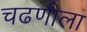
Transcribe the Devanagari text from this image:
चढणीला